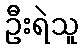
ဦးရဲသူ